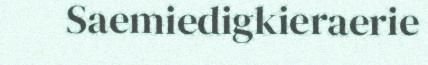
Saemiedigkieraerie